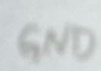
Text: GND